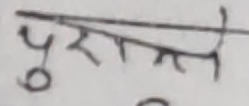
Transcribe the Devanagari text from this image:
पुरातन